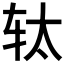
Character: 𮷗